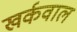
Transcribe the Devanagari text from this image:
खर्कवाल